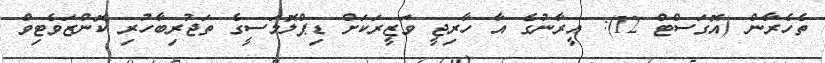
ތެހެރާން (އޮގަސްޓް 12): އީރާނުގެ އާ ހާރިޖީ ވަޒީރަކަށް ޑިޕްލޮމަސީގެ ތަޖުރިބާހުރި ކޮންޒަވެޓިވް